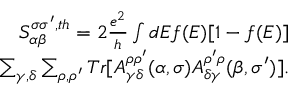
\begin{array} { r } { { S _ { \alpha \beta } ^ { \sigma \sigma ^ { \prime } , t h } } = 2 \frac { e ^ { 2 } } { h } \int d E f ( E ) [ 1 - f ( E ) ] } \\ { \sum _ { \gamma , \delta } \sum _ { \rho , \rho ^ { \prime } } T r [ A _ { \gamma \delta } ^ { \rho \rho ^ { \prime } } ( \alpha , \sigma ) A _ { \delta \gamma } ^ { \rho ^ { \prime } \rho } ( \beta , \sigma ^ { \prime } ) ] . } \end{array}